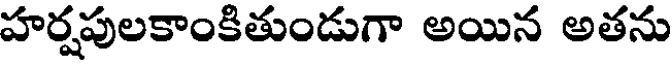
హర్షపులకాంకితుండుగా అయిన అతను